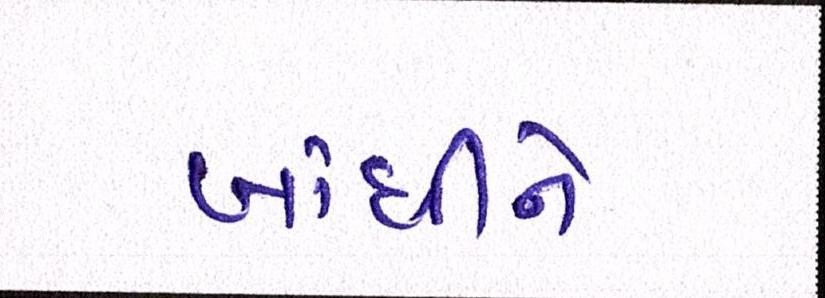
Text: બાંધીને